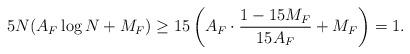
LaTeX: \begin{align*}5N(A_F\log{N}+M_F)\ge 15\left(A_F\cdot\frac{1-15M_F}{15A_F}+M_F\right)=1.\end{align*}